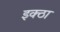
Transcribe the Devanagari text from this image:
इक्ठा